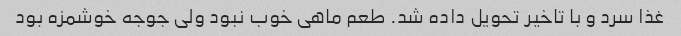
غذا سرد و با تاخیر تحویل داده شد. طعم ماهی خوب نبود ولی جوجه خوشمزه بود